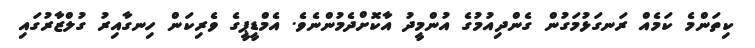
ކިތަންމެ ކަމެއް ރަނގަޅުމަގުން ގެންދިއުމުގެ އުންމީދު އާކޮށްދެމުންނެވެ. އެމްޑީޕީގެ ވެރިކަން ހިނގާއިރު ގުލްޒާރުގައި